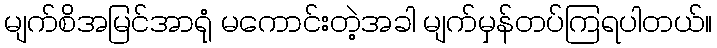
မျက်စိအမြင်အာရုံ မကောင်းတဲ့အခါ မျက်မှန်တပ်ကြရပါတယ်။